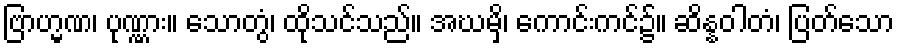
ဗြာဟ္မဏ၊ ပုဏ္ဏား။ သောတွံ၊ ထိုသင်သည်။ အဃမှိ၊ ကောင်းကင်၌။ ဆိန္နဝါတံ၊ ပြတ်သော